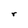
Character: r